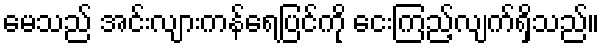
မေသည် အင်းလျားကန်ရေပြင်ကို ငေးကြည့်လျက်ရှိသည်။